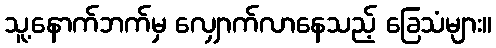
သူ့နောက်ဘက်မှ လျှောက်လာနေသည့် ခြေသံများ။